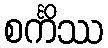
စင်္ကိဿ